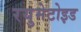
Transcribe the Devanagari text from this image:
रयुमेटोइड